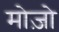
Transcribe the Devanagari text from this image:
मोज़ो